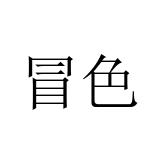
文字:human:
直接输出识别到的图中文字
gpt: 冒色